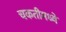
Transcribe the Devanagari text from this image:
चकतीमध्ये